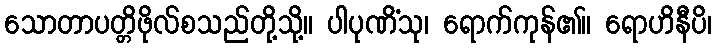
သောတာပတ္တိဖိုလ်စသည်တို့သို့။ ပါပုဏိံသု၊ ရောက်ကုန်၏။ ရောဟိနီပိ၊